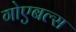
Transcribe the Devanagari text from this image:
गोएबल्स